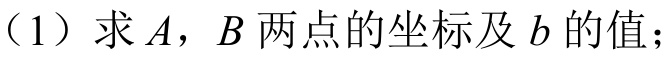
（1）求\(A\)，\(B\)两点的坐标及\(b\)的值；